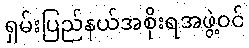
ရှမ်းပြည်နယ်အစိုးရအဖွဲ့ဝင်